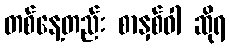
တစ်နေ့တည်း စာနှစ်ဝါ ဆိုရ